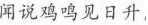
闻说鸡鸣见日升，